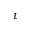
t